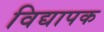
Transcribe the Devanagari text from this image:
विद्यापक